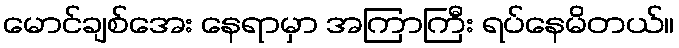
မောင်ချစ်အေး နေရာမှာ အကြာကြီး ရပ်နေမိတယ်။